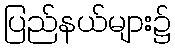
ပြည်နယ်များ၌